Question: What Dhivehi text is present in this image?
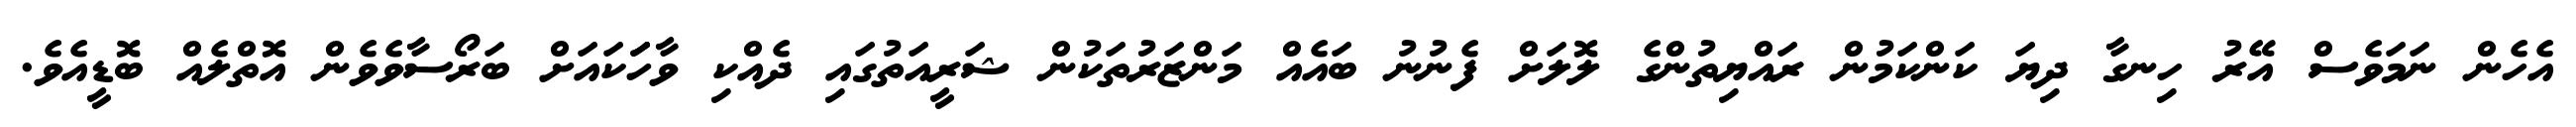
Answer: އެހެން ނަމަވެސް އޭރު ހިނގާ ދިޔަ ކަންކަމުން ރައްޔިތުންގެ ލޮލަށް ފެނުނު ބައެއް މަންޒަރުތަކުން ޝަރީއަތުގައި ދެއްކި ވާހަަކައަށް ބަރޯސާވެވެން އޮތްލެއް ބޮޑީއެވެ.